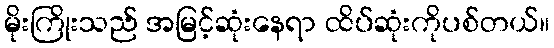
မိုးကြိုးသည် အမြင့်ဆုံးနေရာ ထိပ်ဆုံးကိုပစ်တယ်။